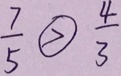
\frac { 7 } { 5 } \textcircled { > } \frac { 4 } { 3 }